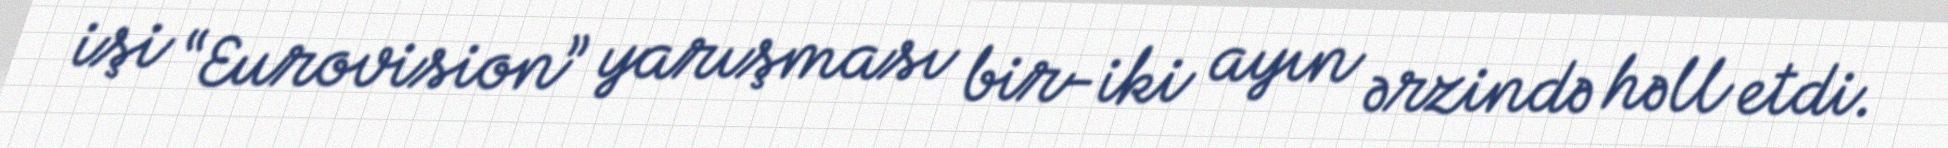
işi “Eurovision” yarışması bir-iki ayın ərzində həll etdi.